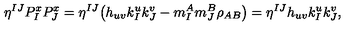
\eta ^ { I J } P _ { I } ^ { x } P _ { J } ^ { x } = \eta ^ { I J } \big ( h _ { u v } k _ { I } ^ { u } k _ { J } ^ { v } - m _ { I } ^ { A } m _ { J } ^ { B } \rho _ { A B } \big ) = \eta ^ { I J } h _ { u v } k _ { I } ^ { u } k _ { J } ^ { v } ,